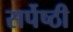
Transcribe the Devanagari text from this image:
सर्पेष्ठी